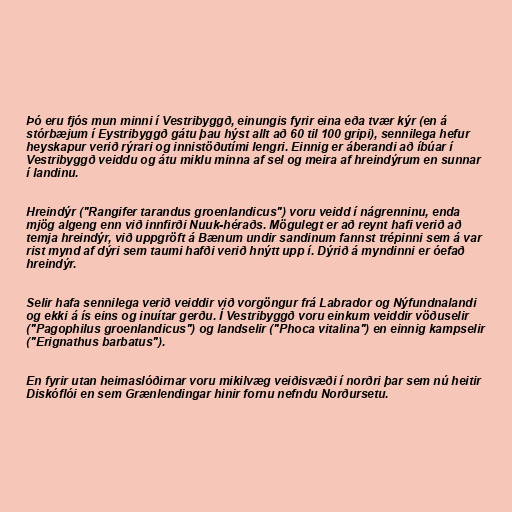
Þó eru fjós mun minni í Vestribyggð, einungis fyrir eina eða tvær kýr (en á
stórbæjum í Eystribyggð gátu þau hýst allt að 60 til 100 gripi), sennilega hefur
heyskapur verið rýrari og innistöðutími lengri. Einnig er áberandi að íbúar í
Vestribyggð veiddu og átu miklu minna af sel og meira af hreindýrum en sunnar
í landinu.

Hreindýr ("Rangifer tarandus groenlandicus") voru veidd í nágrenninu, enda
mjög algeng enn við innfirði Nuuk-héraðs. Mögulegt er að reynt hafi verið að
temja hreindýr, við uppgröft á Bænum undir sandinum fannst trépinni sem á var
rist mynd af dýri sem taumi hafði verið hnýtt upp í. Dýrið á myndinni er óefað
hreindýr.

Selir hafa sennilega verið veiddir við vorgöngur frá Labrador og Nýfundnalandi
og ekki á ís eins og inuítar gerðu. Í Vestribyggð voru einkum veiddir vöðuselir
("Pagophilus groenlandicus") og landselir ("Phoca vitalina") en einnig kampselir
("Erignathus barbatus").

En fyrir utan heimaslóðirnar voru mikilvæg veiðisvæði í norðri þar sem nú heitir
Diskóflói en sem Grænlendingar hinir fornu nefndu Norðursetu.